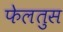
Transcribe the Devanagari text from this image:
फेलतुस